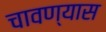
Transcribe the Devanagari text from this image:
चावण्यास